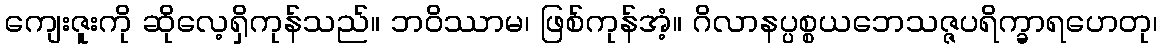
ကျေးဇူးကို ဆိုလေ့ရှိကုန်သည်။ ဘဝိဿာမ၊ ဖြစ်ကုန်အံ့။ ဂိလာနပ္ပစ္စယဘေသဇ္ဇပရိက္ခာရဟေတု၊